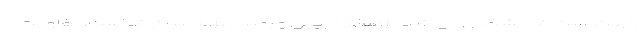
دولت است که مشخص می کند مرزهای دریایی و زمینی برای لبنان کجاست. مقاومت